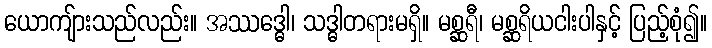
ယောကျ်ားသည်လည်း။ အဿဒ္ဓေါ၊ သဒ္ဓါတရားမရှိ။ မစ္ဆရီ၊ မစ္ဆရိယငါးပါနှင့် ပြည့်စုံ၍။